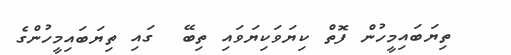
ތިޔަބައިމީހުން ފޮތް ކިޔަވަކިޔަވައި ތިބޭ  ގައި ތިޔަބައިމީހުންގެ